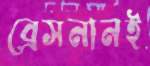
ব্রেসনানই